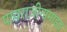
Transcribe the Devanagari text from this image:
पायराज़ीनामाइड